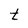
Character: t